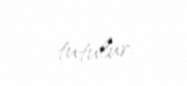
tutulur.